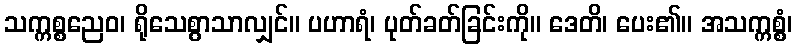
သက္ကစ္စညေဝ၊ ရိုသေစွာသာလျှင်။ ပဟာရံ၊ ပုတ်ခတ်ခြင်းကို။ ဒေတိ၊ ပေး၏။ အသက္ကစ္စံ၊